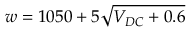
w = 1 0 5 0 + 5 \sqrt { V _ { D C } + 0 . 6 }